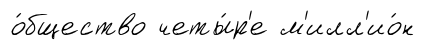
о́бщество четы́р'е м'илл'ио́н